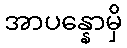
အာပန္နောမှိ